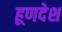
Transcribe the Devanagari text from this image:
हूणदेश